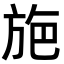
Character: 𭤸